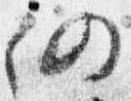
仍